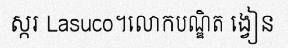
ស្ករ Lasuco។លោកបណ្ឌិត ង្វៀន